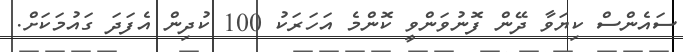
ސައެންސް ކިޔަވާ ދޭން ފޮނުވަންވީ ކޮންމެ އަހަަރަކު 100 ކުދިން އެފަދަ ގައުމަކަށް.